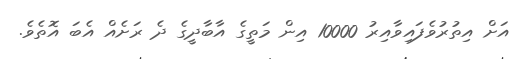
އަށް އިތުރުވެފައިވާއިރު 10000 އިން މަތީގެ އާބާދީގެ ދެ ރަށެއް އެބަ އޮތެވެ.